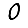
Digit: 0